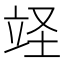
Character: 䇈